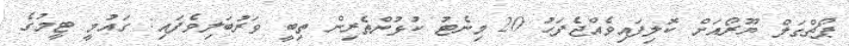
ޕޯޗްގަލް ޔޫރޯއަށް ކޮލިފައިވެއްޖެފަހު 20 މިނެޓު ކުޅުންތެރިން ތިބީ ވަރުބަލިވެފައި: ގައުމީ ޓީމުގެ